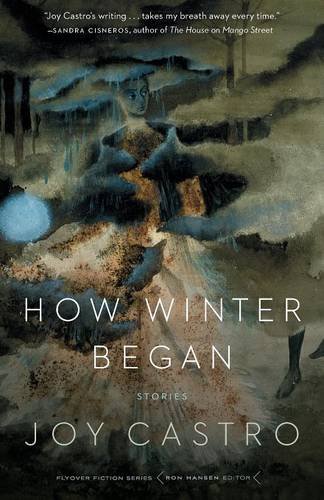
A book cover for How Winter Began: Stories (Flyover Fiction); Joy Castro; Literature & Fiction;